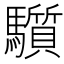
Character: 𩧄